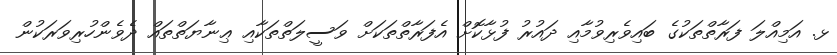
ޅ. އަމިއްލަ ފަރާތްތަކުގެ ބައިވެރިވުމާއި ދައުރު ފުޅާކޮށް އެފަރާތްތަކަށް ވަސީލަތްތަކާއި ޢިނާޔަތްތައް ދެވެންހުރިވަރަކުން